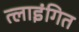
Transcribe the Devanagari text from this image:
त्लाइंगित